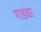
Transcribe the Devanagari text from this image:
गडबा